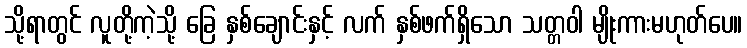
သို့ရာတွင် လူတို့ကဲ့သို့ ခြေ နှစ်ချောင်းနှင့် လက် နှစ်ဖက်ရှိသော သတ္တဝါ မျိုးကားမဟုတ်ပေ။